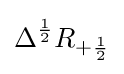
\Delta ^{\frac {1}{2}}R_{+{\frac {1}{2}}}